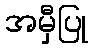
အမှီပြု